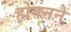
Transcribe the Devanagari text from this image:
होगनने